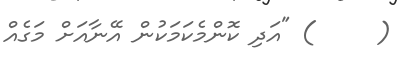
(     ) "އަދި ކޮންމެކަމަކުން އޭނާއަށް މަގެއް